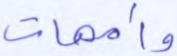
وأمهات